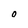
Character: O